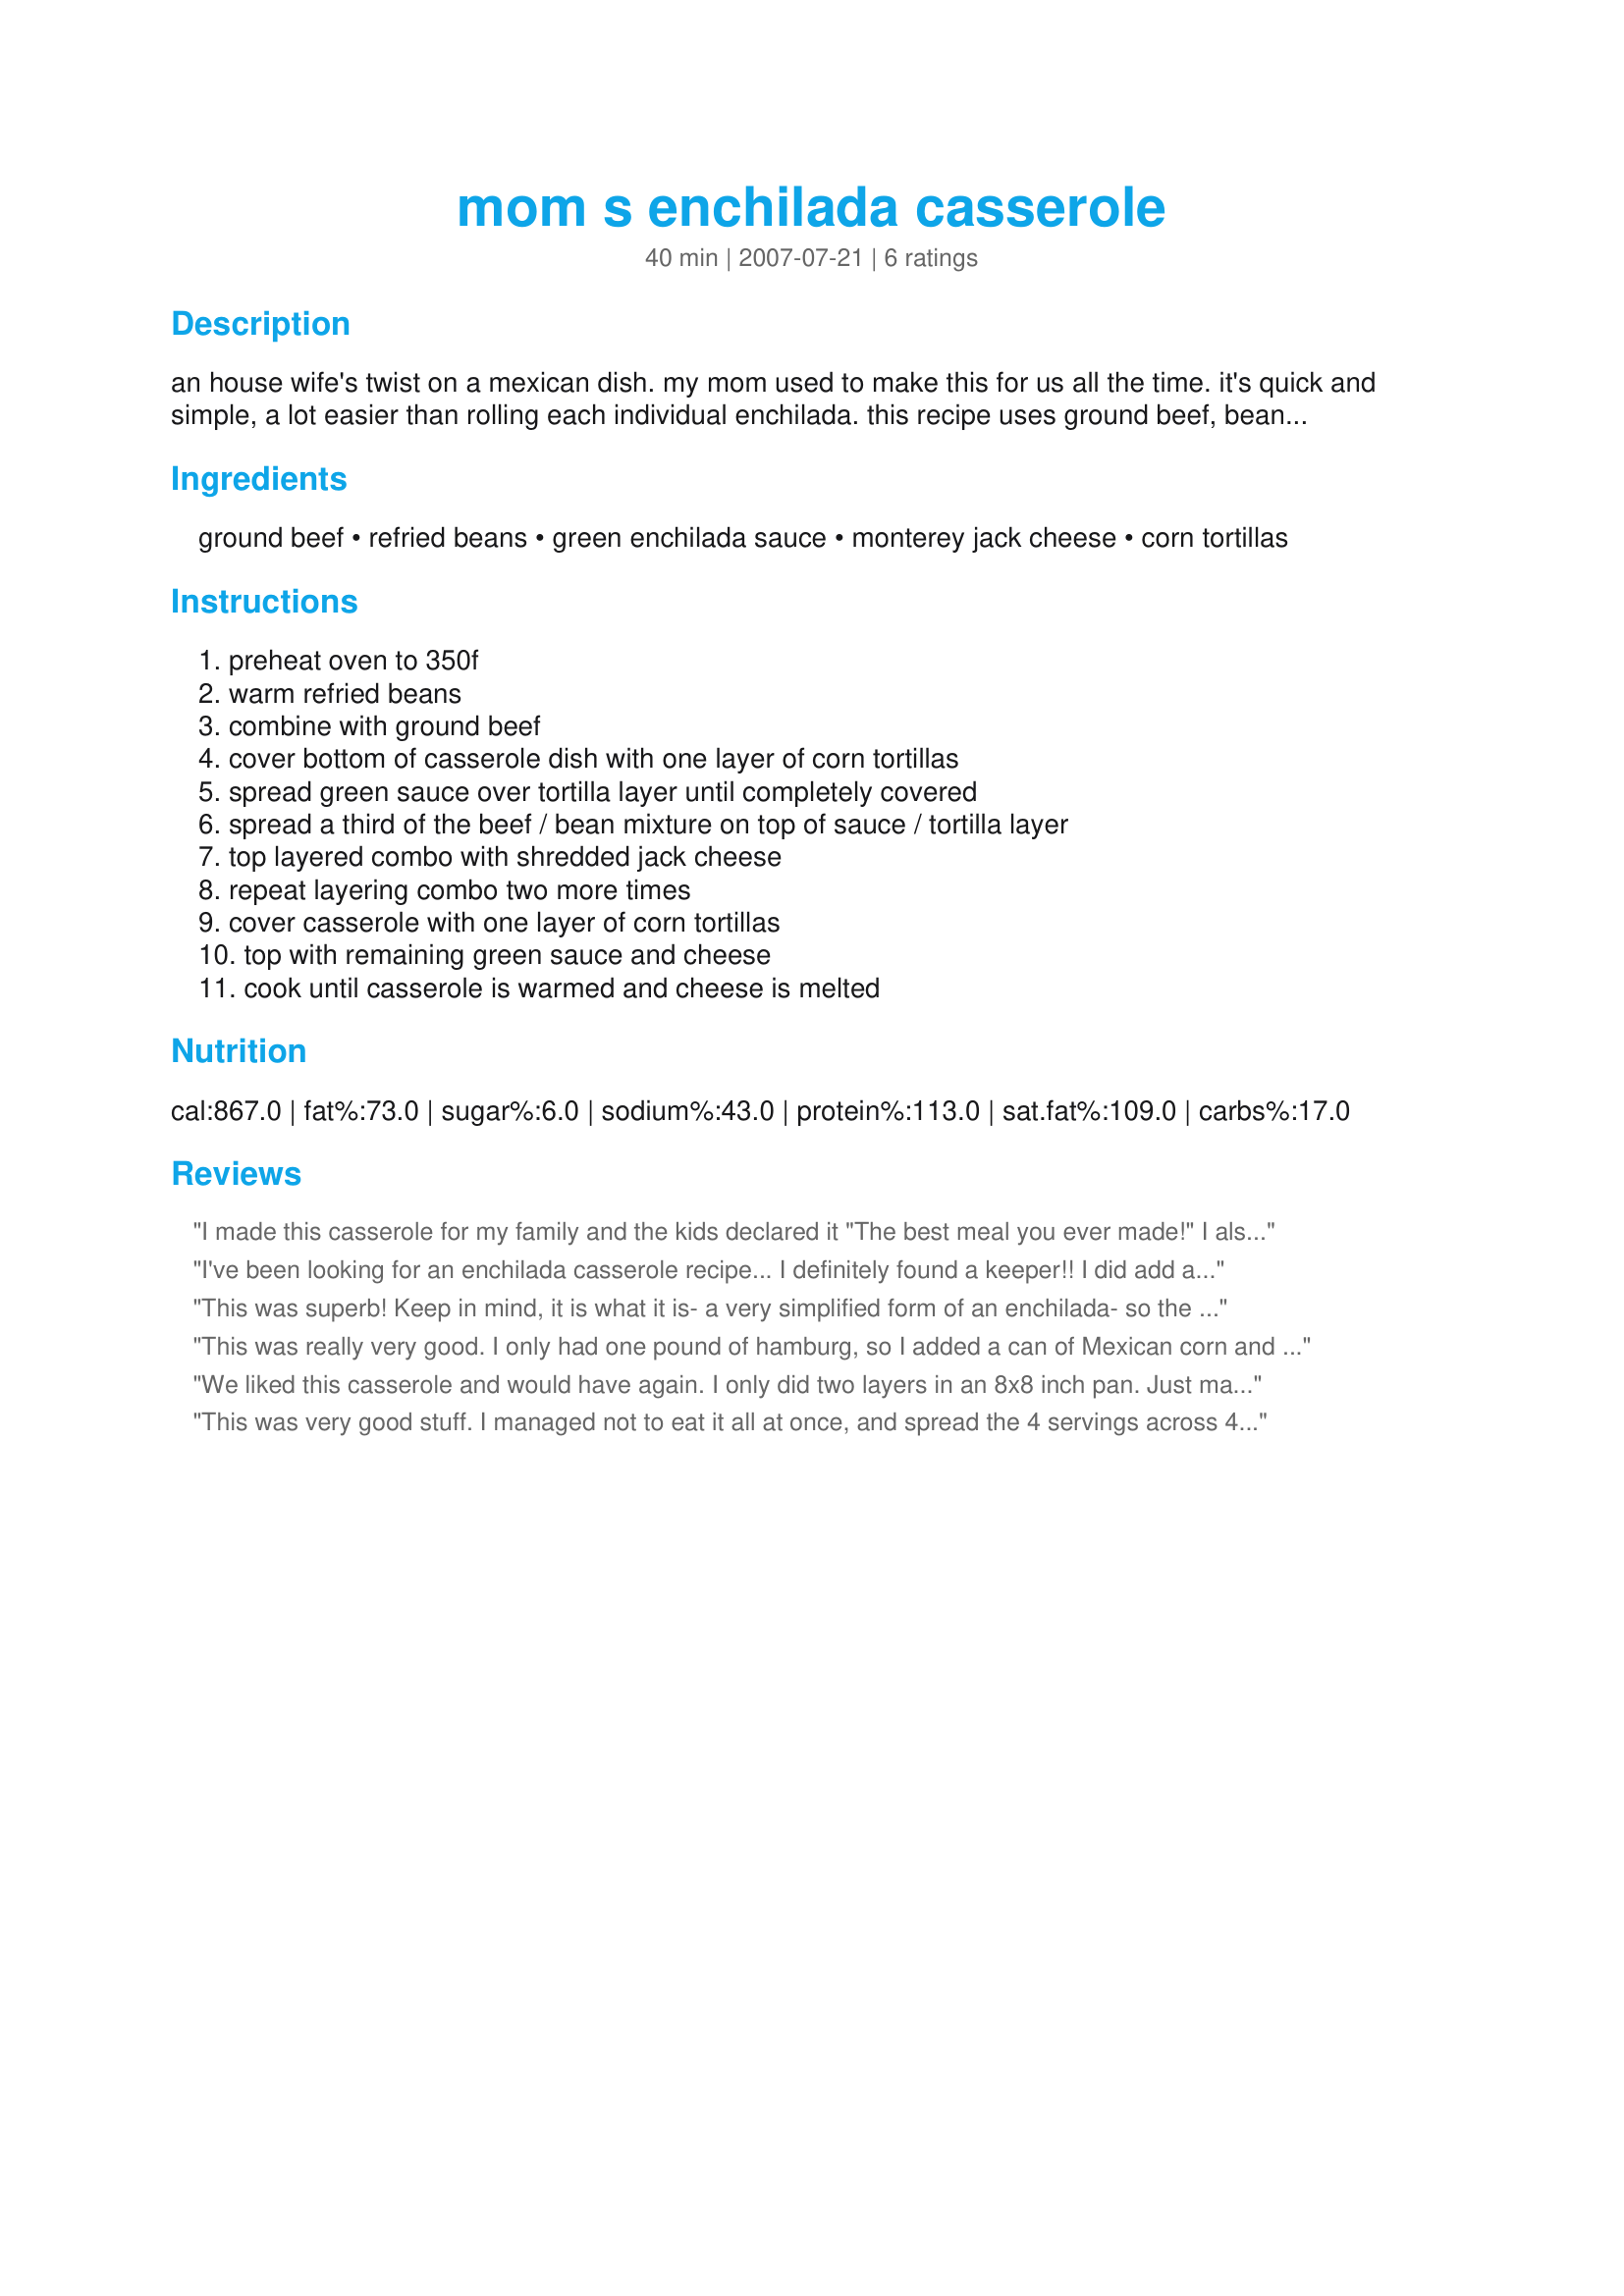
mom s enchilada casserole
Preparation time: 40 minutes

an house wife's twist on a mexican dish. my mom used to make this for us all the time. it's quick and simple, a lot easier than rolling each individual enchilada. this recipe uses ground beef, beans, and green sauce, but the idea of this dish can be applied to any meat/cheese/sauce combination.

Ingredients:
ground beef, refried beans, green enchilada sauce, monterey jack cheese, corn tortillas

Steps:
preheat oven to 350f, warm refried beans, combine with ground beef, cover bottom of casserole dish with one layer of corn tortillas, spread green sauce over tortilla layer until completely covered, spread a third of the beef / bean mixture on top of sauce / tortilla layer, top layered combo with shredded jack cheese, repeat layering combo two more times, cover casserole with one layer of corn tortillas, top with remaining green sauce and cheese, cook until casserole is warmed and cheese is melted

Reviews:
I made this casserole for my family and the kids declared it "The best meal you ever made!" I also made it for a sick friend and she called me the next day and asked for the recipe because her family liked it so much! You have to try it!
I've been looking for an enchilada casserole recipe... I definitely found a keeper!! I did add a chopped onion in with the ground beef while browning along with garlic powder, one chopped (seeded) jalepeno, salt & pepper. Also I mixed cheddar & monterey jack cheeses. I cooked it in a 13x9x2 casserole dish at 350 for approximately 25 minutes and my tortillas weren't soggy. Thanks for the easy, great recipe!
This was superb! Keep in mind, it is what it is- a very simplified form of an enchilada- so the stars are not for the way it looks. It's the taste, man!
I was a little concerned about the sauce making the tortillas soggy, so here's what I did (it worked). I mixed the enchilada sauce in with the ground beef and beef mixture. This made a nice, thick spreadable mixture for the dish. Quite frankly, I could eat this filling on its own rolled up inside a flour tortilla. Anyway, using 1 3/4 lbs. ground beef (which I seasoned with Taco Seasoning Mix #200033), this made enough to almost fill a 9x13 baking dish.
This was well received by my family. My son (The Picky One), proclaimed that it "sucked", as he was stuffing his mouth full on the way back to the dish for seconds. There is no doubt that I will make this again. I really enjoyed it. Thanks! :)
This was really very good. I only had one pound of hamburg, so I added a can of Mexican corn and some mushrooms and garlic. I added some Southwest seasoning to the hamburg...Emeril's for the seasoning...also added some Citlantro. Didn't have any Monterey Jack cheese, so added some Mexican blend. A very good casserole...would highly recommend.
We liked this casserole and would have again. I only did two layers in an 8x8 inch pan. Just make sure that you warm it, not cook it in the oven otherwise the tortillas get soggy very fast. I would go easier on the fillings next time so it is easier to serve. But, the taste was flavorful--I used garlic, onion powder, oregano, salt and pepper for the meat. The enchilada sauce gave it a nice spice too.
This was very good stuff. I managed not to eat it all at once, and spread the 4 servings across 4 consecutive dinners. I made it pretty much as written. I used homemade tortillas (12 of them, made from a bag of "masa harina de maiz"), 85% lean ground beef, and "98% fat free" beans. I couldn't find a 15-oz. can of sauce, so I used a 19-oz. one - I love enchilada sauce anyway. And for the cheese, I shredded a whole 1-lb. block of Monterey Jack; I love cheese too, but a half-pound might've been sufficient. I baked the whole thing for 15 minutes - a little more would've been desired, I think. I came out of the oven nicely layered. Unfortunately, I forgot to season the ground beef when I browned it; the dish was quite tasty, but additional spiciness in the ground beef would've definitely been nice to have. There are lots of recipes in this vein, but I recommend this one in particular. One last note: one of my old junk-food indulgences used to be going to Taco Bell and getting an "Enchirito" with optional green sauce instead of red. This dish immediately reminded me of that - very similar tastes, just assembled differently. Yum!
